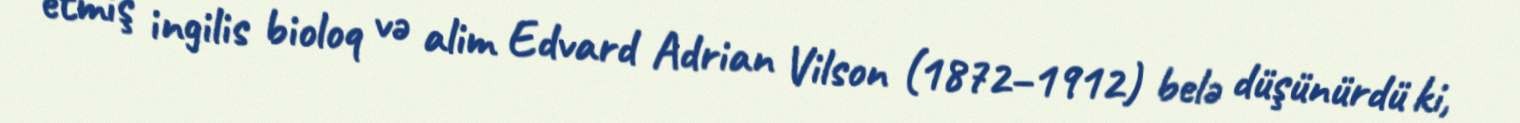
etmiş ingilis bioloq və alim Edvard Adrian Vilson (1872–1912) belə düşünürdü ki,